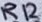
Text: R12